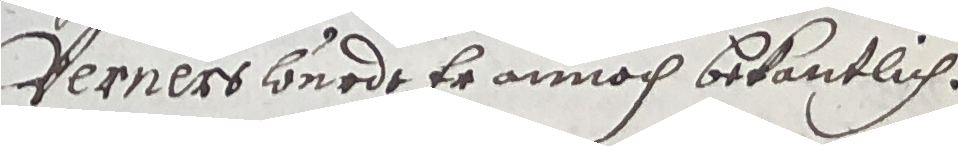
Verners wurde er annoch bekantlich.